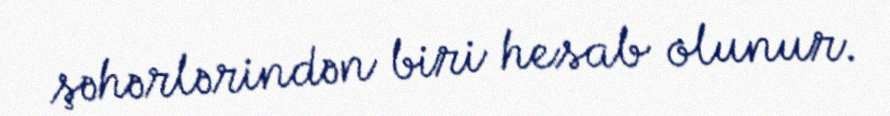
şəhərlərindən biri hesab olunur.